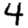
Digit: 4